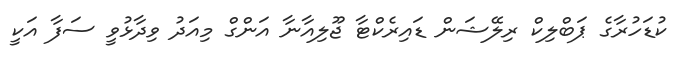
ކުޑަހުރާގެ ޕަބްލިކް ރިލޭޝަން ޑައިރެކްޓާ ޖޫލިއާނާ އަންގް މިއަދު ވިދާޅުވީ ސަފާ އަކީ